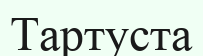
Тартуста